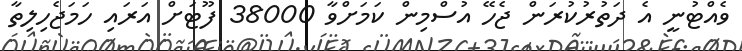
ވެއްޓުނީ އެ ދަތުރުކުރަން ޖެހޭ އުސްމިން ކަމަށްވާ 38000 ފޫޓަށް އަރައި ހަމަޖެހިލިތާ